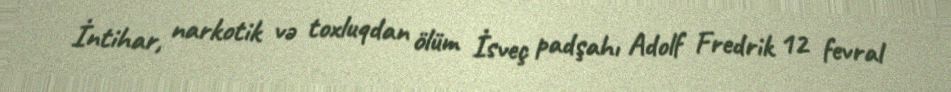
İntihar, narkotik və toxluqdan ölüm İsveç padşahı Adolf Fredrik 12 fevral